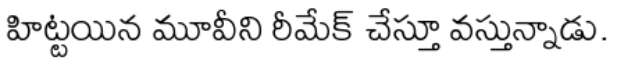
హిట్టయిన మూవీని రీమేక్ చేస్తూ వస్తున్నాడు.